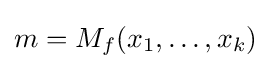
m=M_{f}(x_{1},\dots ,x_{k})